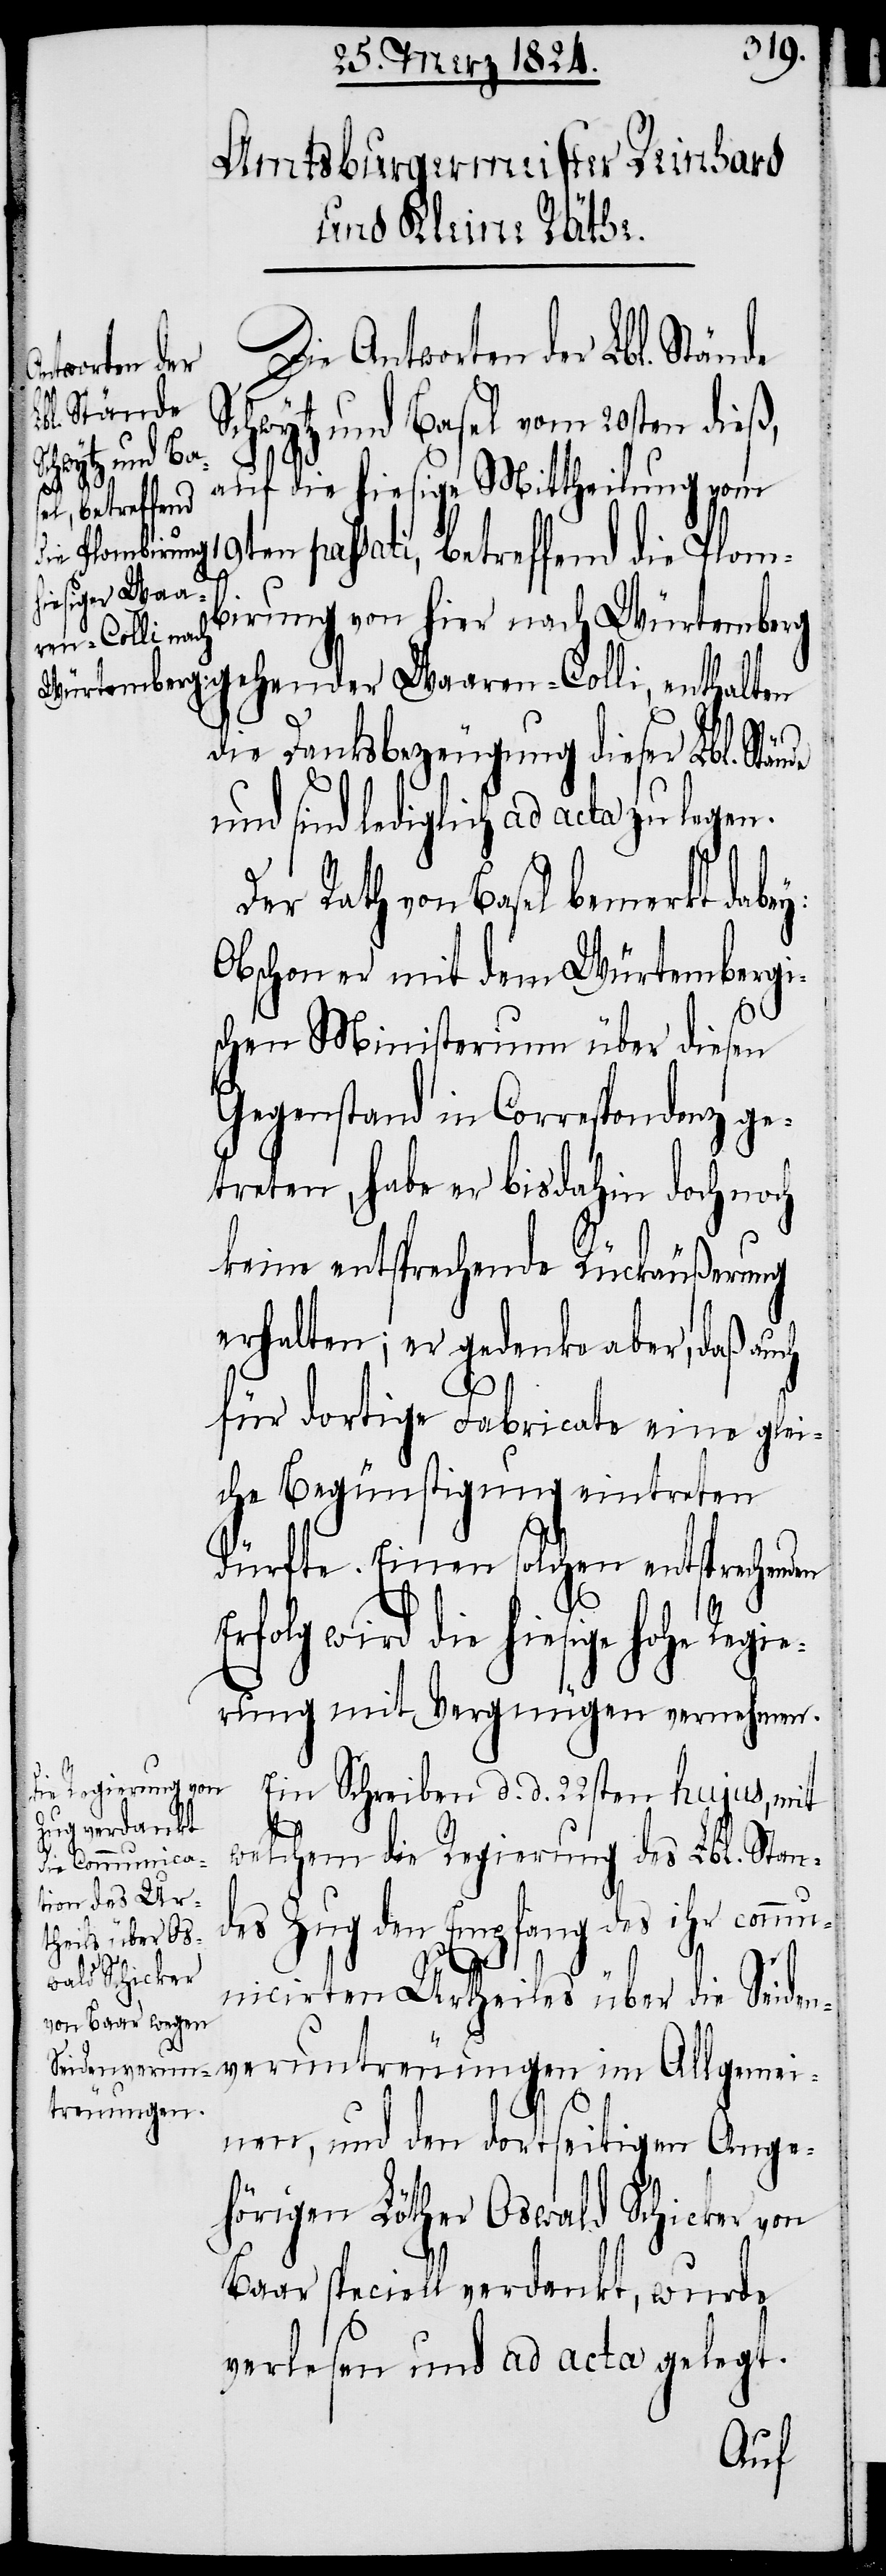
Die Antworten der Lbl. Stände
Schwytz und Basel vom 20sten dieß,
de und s¬
auf die hiesige Mittheilung vom
19ten passati, betreffend die Plom¬
birung von hier nach Würtemberg
gehender Waaren-Colli, enthalten
die Dankesbezeugung dieser Lbl. Stän¬
ind lediglich ad acta zu legen.
Der Rath von Basel bemerkt dabey:
Obschon er mit dem Würtembergi¬
schen Ministerium über diesen
Gegenstand in Correspondenz ge¬
treten, habe er bisdahin doch noch
keine entsprechende Rückäußerung
erhalten; er gedenke aber, daß auch
für dortige Fabricate eine glei¬
che Begünstigung eintreten
dürfte. Einen solchen entsprechenden
Erfolg wird die hiesige hohe Regi¬
erung mit Vergnügen vernehmen.
Ein Schreiben d. d. 22sten hujus, mit
welchem die Regierung des Lbl. Stan¬
des Zug den Empfang des ihr commu¬
nicirten Urtheiles über die Se¬
idenveruntreuungen im Allgemei¬
nen, und dem dortseitigen Ange¬
hörigen Löther Oswald Schicker von
Baar speciell verdankt, wurde
verlesen und ad acta gelegt.